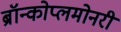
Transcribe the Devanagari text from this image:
ब्रॉन्कोप्लमोनरी